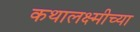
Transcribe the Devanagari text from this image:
कथालक्ष्मीच्या